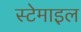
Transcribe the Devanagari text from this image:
स्टेमाइल